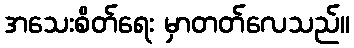
အသေးစိတ်ရေး မှာတတ်လေသည်။